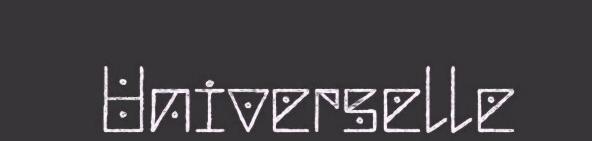
Universelle